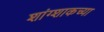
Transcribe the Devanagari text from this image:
शांग्शाकच्या